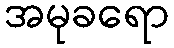
အမုခရော